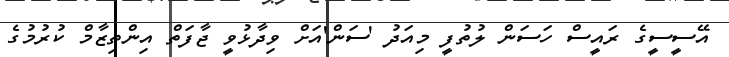
އޭސީސީގެ ރައީސް ހަސަން ލުތުފީ މިއަދު 'ސަން'އަށް ވިދާޅުވީ ޖާފަތް އިންތިޒާމް ކުރުމުގެ